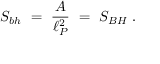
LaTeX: S _ { b h } ~ = ~ { \frac { \cal A } { \ell _ { P } ^ { 2 } } } ~ = ~ S _ { B H } ~ .